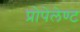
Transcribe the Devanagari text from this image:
प्रोपेलेण्ट